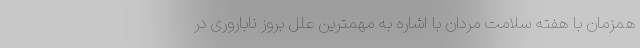
همزمان با هفته سلامت مردان با اشاره به مهمترین علل بروز ناباروری در